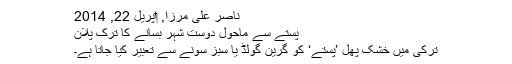
ناصر علی مرزا, ‏اپریل 22, 2014
پستے سے ماحول دوست شہر بسانے کا ترک پلان
ترکی میں خشک پھل ’پستے‘ کو گرین گولڈ یا سبز سونے سے تعبیر کیا جاتا ہے۔